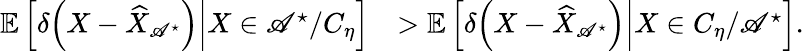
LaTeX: \begin{array}{rl}{{\mathbb{E}}\left[\left.\delta{\left(X-{\widehat{X}}_{{\mathscr{A}}^{\star}}\right)}\right|X\in{\mathscr{A}}^{\star}/C_{\eta}\right]}&{>{\mathbb{E}}\left[\left.\delta{\left(X-{\widehat{X}}_{{\mathscr{A}}^{\star}}\right)}\right|X\in C_{\eta}/{\mathscr{A}}^{\star}\right].}\end{array}